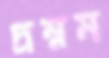
দ্রম্নম